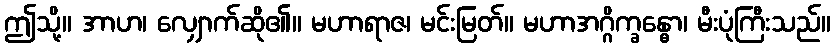
ဤသို့။ အာဟ၊ လျှောက်ဆို၏။ မဟာရာဇ၊ မင်းမြတ်။ မဟာအဂ္ဂိက္ခန္ဓော၊ မီးပုံကြီးသည်။